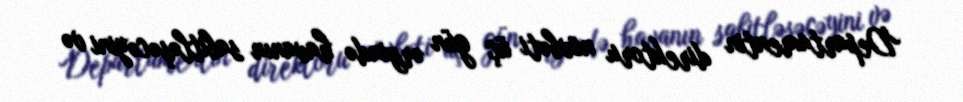
Departamentin direktoru növbəti üç gün ərzində havanın sabitləşəcəyini və